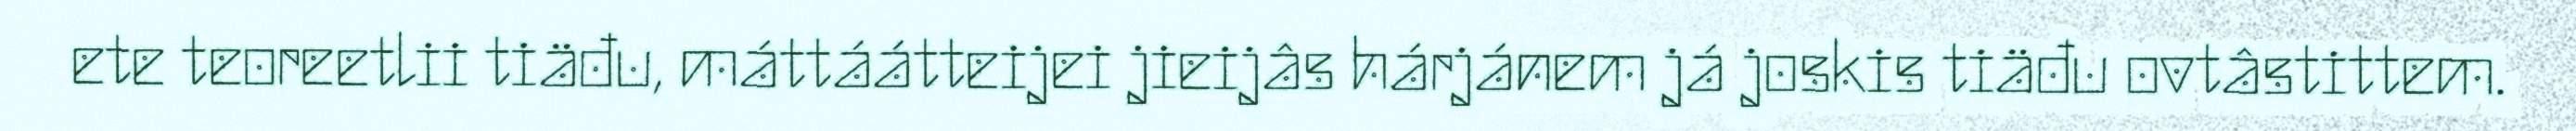
ete teoreetlii tiäđu, máttáátteijei jieijâs hárjánem já joskis tiäđu ovtâstittem.